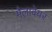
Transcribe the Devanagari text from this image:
मैलावेयर